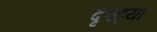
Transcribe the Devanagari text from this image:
दृश्ट्या